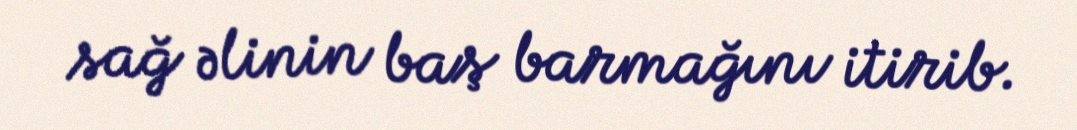
sağ əlinin baş barmağını itirib.